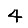
Digit: 4